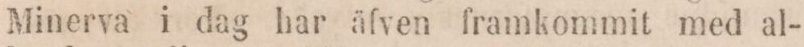
Minerva i dag har äfven framkommit med al-